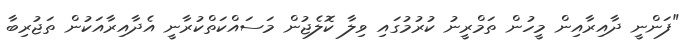
"ފަންނީ ދާއިރާއިން މީހުން ތަމްރީނު ކުރުމުގައި ވިލާ ކޮލެޖުން މަސައްކަތްކުރާނީ އެދާއިރާއަކުން ތަޖުރިބާ